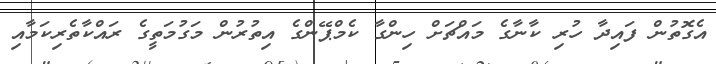
އެގޮތުން ފައިދާ ހުރި ކާނާގެ މައްޗަށް ހިންގާ ކެމްޕޭންގެ އިތުރުން މަގުމަތީގެ ރައްކާތެރިކަމާއި